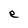
Character: e